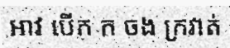
អាវ បើក ក ចង ក្រវាត់